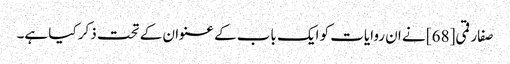
صفار قمی[68] نے ان روایات کو ایک باب کے عنوان کے تحت ذکر کیا ہے۔